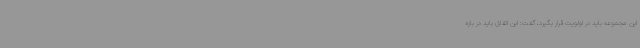
این مجموعه باید در اولویت قرار بگیرد، گفت: این اتفاق باید در بازه